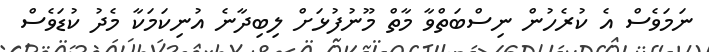
ނަމަވެސް އެ ކުރެހުން ނިސްބަތްވާ މާތް މޫނުފުޅަށް ލިބިދާނެ އުނިކަމަކާ މެދު ކުޑަވެސް